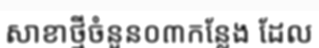
សាខាថ្មីចំនួន០៣កន្លែង ដែល